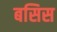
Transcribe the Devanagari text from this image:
बसिस